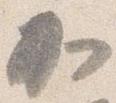
加